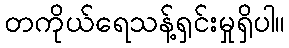
တကိုယ်ရေသန့်ရှင်းမှုရှိပါ။